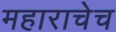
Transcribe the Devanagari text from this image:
महाराचेच